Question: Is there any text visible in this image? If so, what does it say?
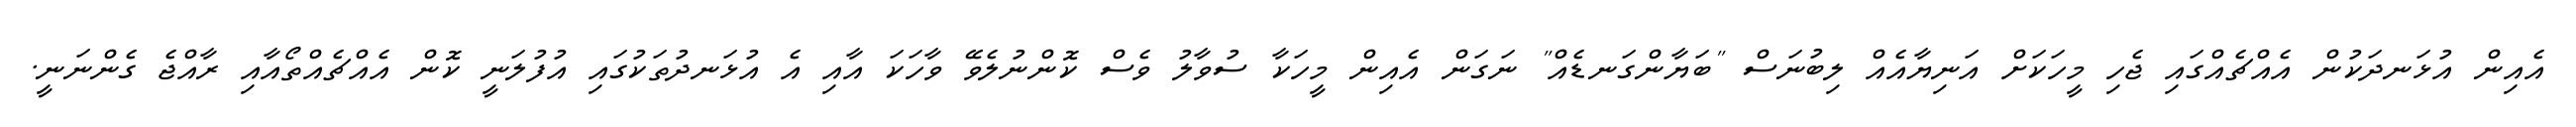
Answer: އެއިން އުޅަނދަކުން އެއްޗެއްގައި ޖެހި މީހަކަށް އަނިޔާއެއް ލިބުނަސް "ބަޔާންގަނޑެއް" ނަގަން އެއިން މީހަކާ ސުވާލު ވެސް ކޮންނުލެވޭ ވާހަކަ އާއި އެ އުޅަނދުތަކުގައި އުފުލަނީ ކޮން އެއްޗެއްތޯއާއި ރާއްޖެ ގެންނަނީ.